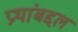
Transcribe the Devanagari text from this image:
प्रथांबद्दल